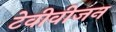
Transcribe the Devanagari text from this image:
टेवीवीजन